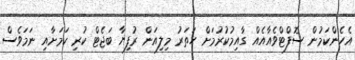
އެހެންކަމުން ސޮފްޓްވެއާއެއް ގާއިމުކުރުމަށް ހަތަރު މިލިއަން ރުފިޔާ ބަޖެޓް ކުރި ކަމަށާއި ނަމަވެސް